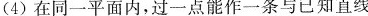
(4)在同一平面内，过一点能作一条与已知直线